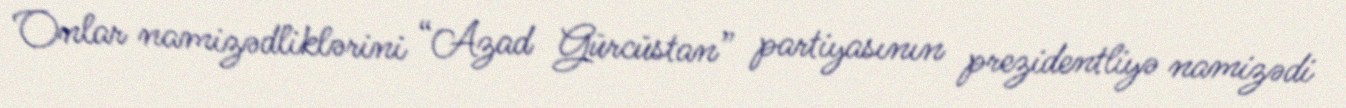
Onlar namizədliklərini “Azad Gürcüstan” partiyasının prezidentliyə namizədi